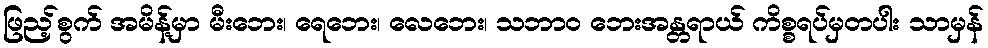
ဖြည့်စွက် အမိန့်မှာ မီးဘေး၊ ရေဘေး၊ လေဘေး၊ သဘာ၀ ဘေးအန္တရာယ် ကိစ္စရပ်မှတပါး သာမှန်